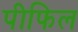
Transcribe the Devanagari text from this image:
पीफिल